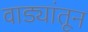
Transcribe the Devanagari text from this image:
वाड्यांतून